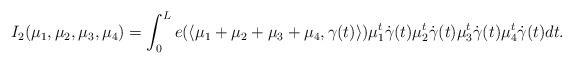
LaTeX: \begin{align*} I_{2}(\mu_{1},\mu_{2},\mu_{3},\mu_{4}) = \int_0^Le(\left\langle \mu_{1}+\mu_{2}+\mu_{3}+\mu_{4},\gamma(t)\right\rangle)\mu_{1}^{t}\dot{\gamma}(t)\mu_{2}^{t}\dot{\gamma}(t)\mu_{3}^{t}\dot{\gamma}(t)\mu_{4}^{t}\dot{\gamma}(t)dt.\end{align*}